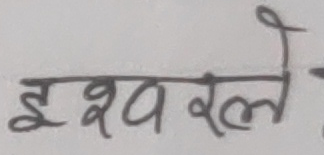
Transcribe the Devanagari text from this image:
इश्वरले